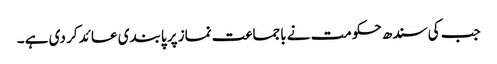
جب کی سندھ حکومت نے باجماعت نماز پر پابندی عائد کر دی ہے ۔